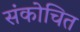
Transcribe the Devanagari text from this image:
संकोचित